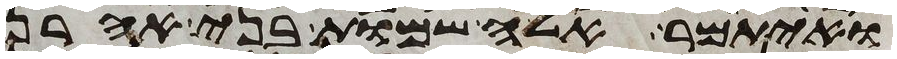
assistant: ואיתמר אלה שמות בני אהרן